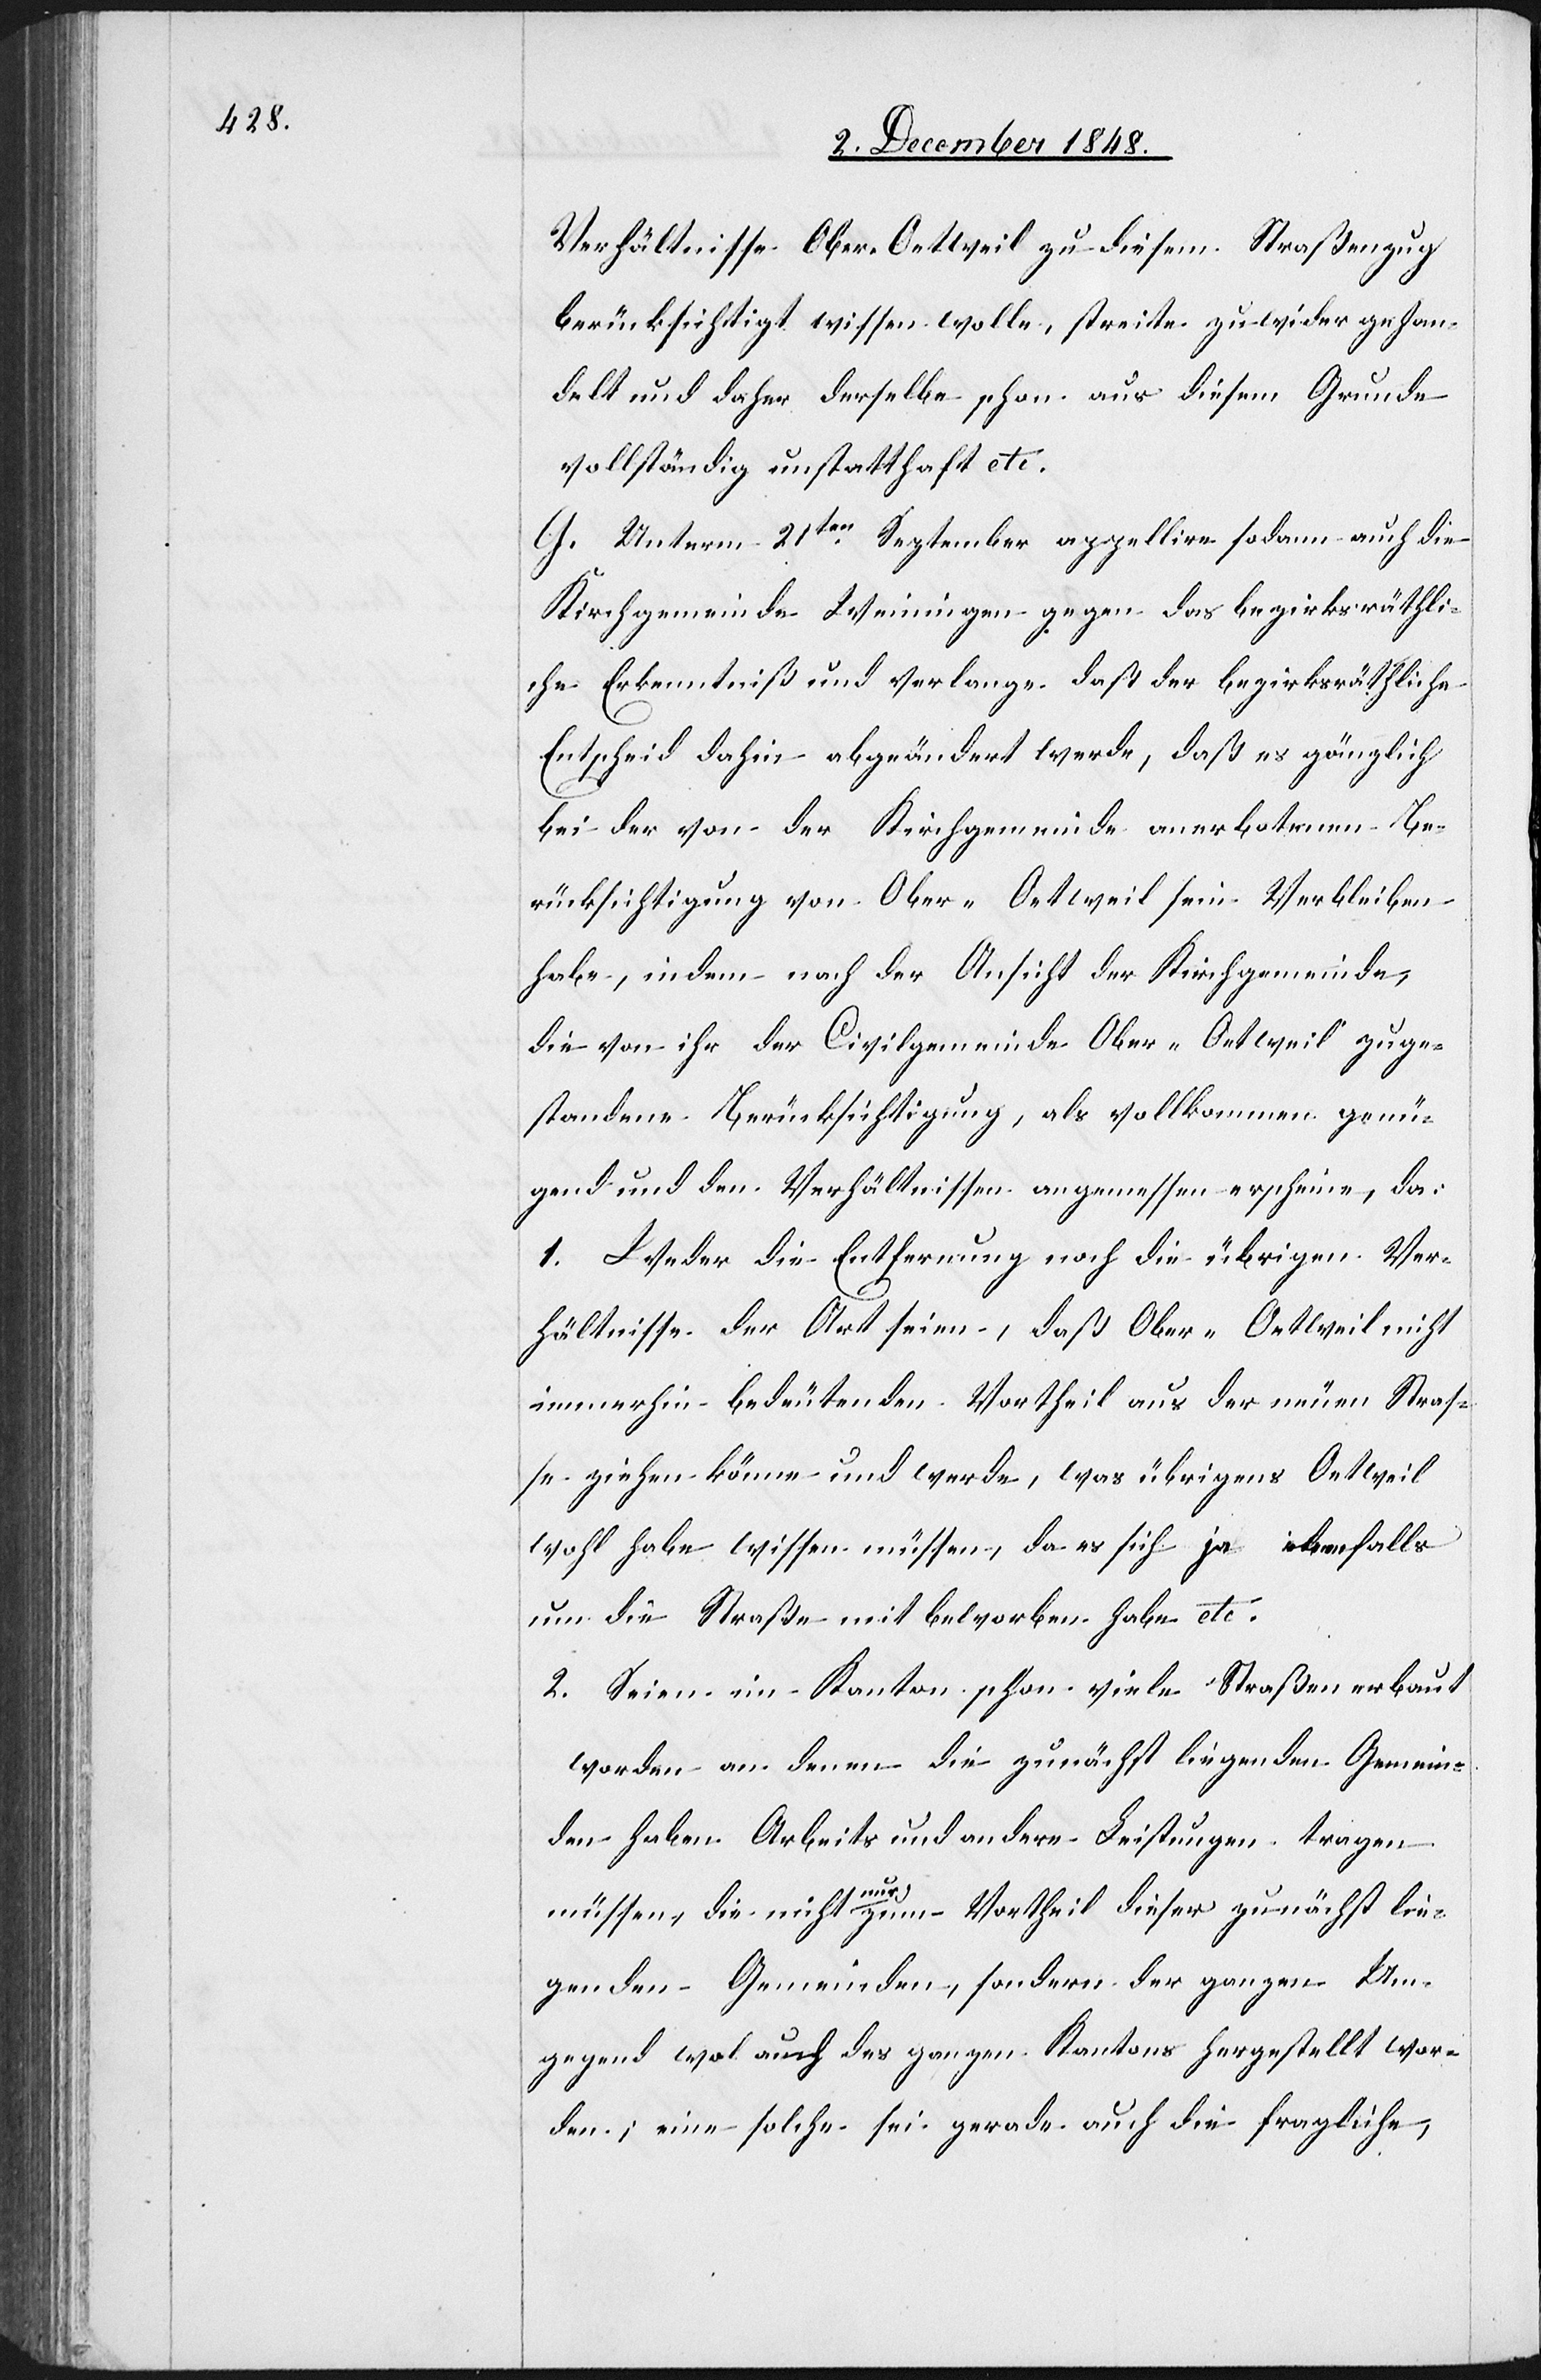
Verhältnisse Ober-Oetweil zu diesem Straßenzug
berücksichtigt wissen wolle, streite zu wider gehan¬
delt und daher derselbe schon aus diesem Grunde
vollständig unstatthaft etc.
G. Unterm 21ten September appellire sodann auch die
Kirchgemeinde Weiningen gegen das bezirksräthli¬
che Erkenntniß und verlange daß der bezirksräthliche
Entscheid dahin abgeändert werde, daß es gänzlich
bei der von der Kirchgemeinde anerbotenen Be¬
rücksichtigung von Ober-Oetweil sein Verbleiben
habe, indem nach der Ansicht der Kirchgemeinde,
die von ihr der Civilgemeinde Ober-Oetweil zuge¬
standene Berücksichtigung, als vollkommen genü¬
gend und den Verhältnissen angemessen erscheine, da:
1. Weder die Entfernung noch die übrigen Ver¬
hältnisse der Art seien, daß Ober-Oetweil nicht
immerhin bedeutenden Vortheil aus der neuen Straß¬
e ziehen könne und werde, was übrigens Oetweil
wohl habe wissen müssen, da es sich ja ebenfalls
um die Straße mit beworben habe etc.
2. Seien im Kanton schon viele Straßen erbaut
worden an denen die zunächst liegenden Gemein¬
den haben Arbeits[-] und andere Leistungen tragen
müssen, die nicht nur zum Vortheil dieser zunächst lie¬
genden Gemeinden, sondern der ganzen Um¬
gegend wol auch des ganzen Kantons hergestellt wor¬
den; eine solche sei gerade auch die fragliche,